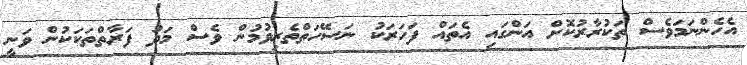
އެހެންނަމަވެސް ތަކުރާރުކޮށް އަންގައި އެތައް ފަހަރަކު ނަސޭހަތްތެރިވުމުން ވެސް މަދު ފަރާތްތަކަކުން ވަނީ